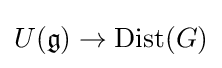
U({\mathfrak {g}})\to \operatorname {Dist} (G)